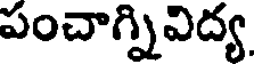
పంచాగ్నివిద్య